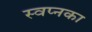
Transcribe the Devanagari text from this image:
स्वप्नका